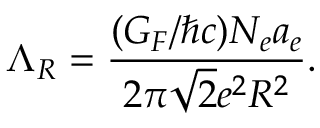
\Lambda _ { R } = \frac { ( G _ { F } / \hbar c ) N _ { e } a _ { e } } { 2 \pi \sqrt { 2 } e ^ { 2 } R ^ { 2 } } .